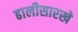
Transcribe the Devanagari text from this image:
ढालीसारखे